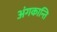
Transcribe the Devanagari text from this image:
अंगकान्ति